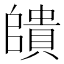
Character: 𮚠